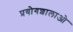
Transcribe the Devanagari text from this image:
प्रयोगशालाओ